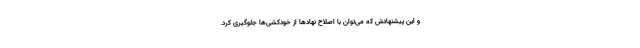
و این پیشنهادش که می‌توان با اصلاح نهادها از خودکشی‌ها جلوگیری کرد.